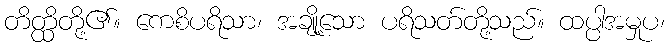
တိတ္ထိတို့၏။ ကေစိပရိသာ၊ အချို့သော ပရိသတ်တို့သည်။ ထပ္ပါအမှုပ၊